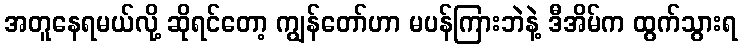
အတူနေရမယ်လို့ ဆိုရင်တော့ ကျွန်တော်ဟာ မပန်ကြားဘဲနဲ့ ဒီအိမ်က ထွက်သွားရ